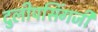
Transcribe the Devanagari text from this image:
दुलीपसिंगजी